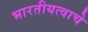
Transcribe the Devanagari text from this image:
भारतीयत्वाचे